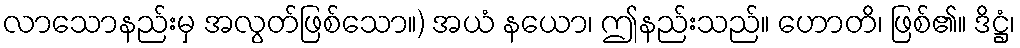
လာသောနည်းမှ အလွတ်ဖြစ်သော။) အယံ နယော၊ ဤနည်းသည်။ ဟောတိ၊ ဖြစ်၏။ ဒိဋ္ဌံ၊